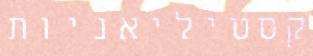
קסטיליאניות